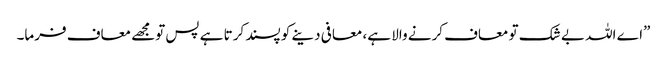
”اے اللہ بے شک تو معاف کرنے والا ہے، معافی دینے کو پسند کرتا ہے پس تومجھے معاف فرما۔